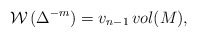
\begin{align*}\mathcal{W}\,( \Delta ^{-m})= v_{n-1} \, vol(M),\end{align*}